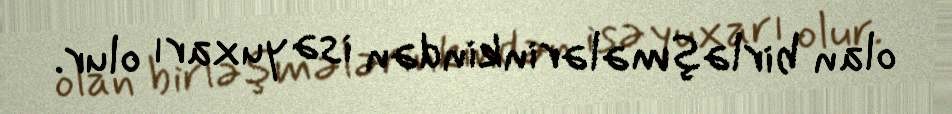
olan birləşmələrinkindən isə yuxarı olur.